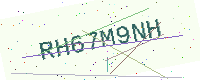
Text: RH67M9NH